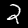
Digit: 2